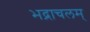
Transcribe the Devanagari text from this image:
भद्राचलम्‌